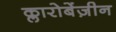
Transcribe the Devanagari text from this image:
क्लारोबेंज़ीन